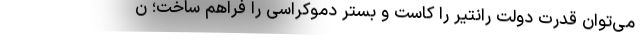
می‌توان قدرت دولت رانتیر را کاست و بستر دموکراسی را فراهم ساخت؛ ن